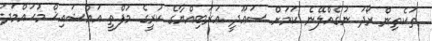
ތަކެތިން ރޯދަ ނުގެއްލޭނެ ކަމަށް ސަޢޫދީ ޢަރަބިއްޔާގެ ކުރީގެ މުފްތީ އައްޝައިޚް މުޙައްމަދު